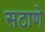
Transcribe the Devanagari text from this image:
सटाणे